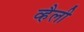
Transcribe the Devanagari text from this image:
व्हैली